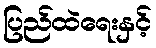
ပြည်ထဲရေးနှင့်